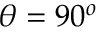
\theta = 9 0 ^ { o }